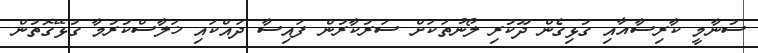
ސުނާމީ ކާރިސާއާއި ގުޅިގެން ދޫކުރި ލޯނުތަކަށް ސަރުކާރުން ފައިސާ ދައްކައި ޚަލާސްކުރުމާ ގުޅޭގޮތުން